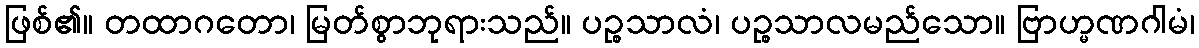
ဖြစ်၏။ တထာဂတော၊ မြတ်စွာဘုရားသည်။ ပဉ္စသာလံ၊ ပဉ္စသာလမည်သော။ ဗြာဟ္မဏဂါမံ၊